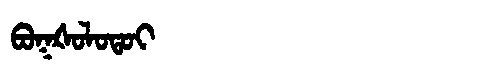
Manchu: ᠪᠣᡴᡧᠣᠯᠣᡨᠣᡳ
Romanization: BOKŠOLOTOI